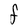
Character: F